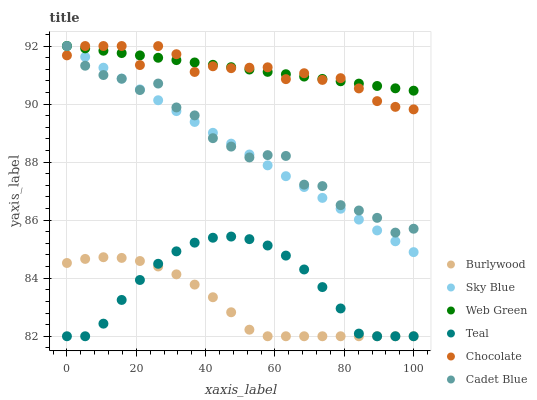
| xaxis_label | Burlywood | Sky Blue | Web Green | Teal | Chocolate | Cadet Blue |
 | --- | --- | --- | --- | --- | --- | --- |
 | 0 | 84.5 | 92 | 92 | 82 | 91.7 | 92 |
 | 5.26 | 84.7 | 91.6 | 91.9 | 82 | 92 | 91.3 |
 | 10.5 | 84.7 | 91.3 | 91.8 | 82.4 | 92 | 91 |
 | 15.8 | 84.7 | 90.9 | 91.8 | 83.3 | 92 | 90.9 |
 | 21.1 | 84.6 | 90.5 | 91.7 | 83.9 | 91.3 | 90.5 |
 | 26.3 | 84.4 | 90.1 | 91.6 | 84.5 | 92 | 90.7 |
 | 31.6 | 84.1 | 89.8 | 91.5 | 84.9 | 91.7 | 89.9 |
 | 36.8 | 83.8 | 89.4 | 91.4 | 85.2 | 91.1 | 89.6 |
 | 42.1 | 83.3 | 89 | 91.4 | 85.4 | 91.3 | 88.8 |
 | 47.4 | 82.8 | 88.6 | 91.3 | 85.4 | 91.2 | 88.5 |
 | 52.6 | 82.2 | 88.3 | 91.2 | 85.3 | 91.3 | 88.2 |
 | 57.9 | 82 | 87.9 | 91.1 | 85.1 | 91.3 | 88.2 |
 | 63.2 | 82 | 87.5 | 91 | 84.8 | 90.9 | 88.2 |
 | 68.4 | 82 | 87.1 | 90.9 | 84.3 | 91.1 | 87.2 |
 | 73.7 | 82 | 86.8 | 90.9 | 83.7 | 90.8 | 87.2 |
 | 78.9 | 82 | 86.4 | 90.8 | 83 | 90.9 | 86.5 |
 | 84.2 | 82 | 86 | 90.7 | 82.1 | 90.5 | 86.3 |
 | 89.5 | 82 | 85.6 | 90.6 | 82 | 90.1 | 86.1 |
 | 94.7 | 82 | 85.3 | 90.5 | 82 | 89.9 | 85.6 |
 | 100 | 82 | 84.9 | 90.5 | 82 | 89.8 | 85.7 |